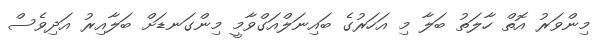
މިންވަރު އޮތް ހާލަތު ބަލާ މި އަހަރުގެ ބައިނަލްއަގްވާމީ މިންގަނޑަށް ބަލާއިރު އަދިވެސް